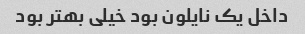
داخل یک نایلون بود خیلی بهتر بود